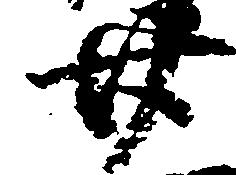
廿